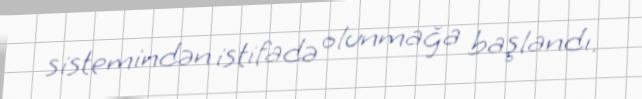
sistemindən istifadə olunmağa başlandı.